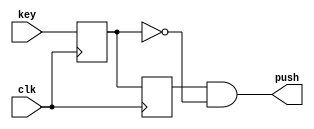
module pushing (
	input key,
	input clk,
	output push
);

reg but_r;
reg but_rr;

always @(posedge clk)
begin
	but_r <= key;
	but_rr <= but_r;
end
assign push = but_rr & ~but_r;

endmodule

module Girka_1_ver (
	input KEY0,
	input KEY1,
	input KEY2,
	input clk,
	output [6:0] HEX0
	
);

wire reset_push, plus_push, minus_push;
reg [3:0] count;

pushing pushing_plus (
	.key (KEY1),
	.clk (clk),
	.push (plus_push)
);

pushing pushing_minus (
	.key (KEY2),
	.clk (clk),
	.push (minus_push)
);

pushing pushing_reset (
	.key (KEY0),
	.clk (clk),
	.push (reset_push)
);
always @(posedge clk) 
begin
	if (plus_push) count <= (count == 9) ? 0 : count + 1;
	else if (minus_push) count <= (count == 0) ? 9 : count - 1;
	else if (reset_push) count <= 4'h0;
end


assign HEX0 = (count == 4'h0) ? 7'b1000000 :
				  (count == 4'h1) ? 7'b1111001 :
				  (count == 4'h2) ? 7'b0100100 :
				  (count == 4'h3) ? 7'b0110000 :
				  (count == 4'h4) ? 7'b0011001 :
				  (count == 4'h5) ? 7'b0010010 :
				  (count == 4'h6) ? 7'b0000010 :
				  (count == 4'h7) ? 7'b1111000 :
				  (count == 4'h8) ? 7'b0000000 : 7'b0010000 ;
				  
endmodule